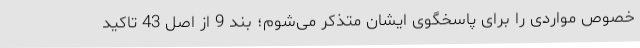
خصوص مواردی را برای پاسخگوی ایشان متذکر می‌شوم؛ بند 9 از اصل 43 تاکید